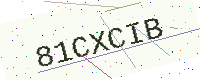
Text: 81CXCIB